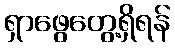
ရှာဖွေတွေ့ရှိရန်